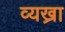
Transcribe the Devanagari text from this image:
व्यख्रा